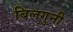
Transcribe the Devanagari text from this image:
बिलगुनी